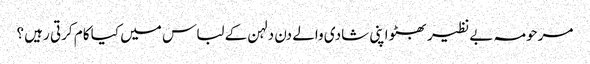
مرحومہ بے نظیر بھٹو اپنی شادی والے دن دلہن کے لباس میں کیا کام کرتی رہیں ؟